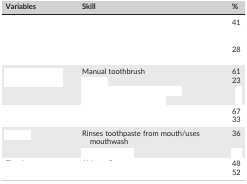
<table><thead><tr><td><b>Variables</b></td><td><b>Skill</b></td><td><b>%</b></td></tr></thead><tbody><tr><td rowspan="4">[EMPTY_CELL]</td><td>[EMPTY_CELL]</td><td>41</td></tr><tr><td>[EMPTY_CELL]</td><td>[EMPTY_CELL]</td></tr><tr><td>[EMPTY_CELL]</td><td>28</td></tr><tr><td>[EMPTY_CELL]</td><td>[EMPTY_CELL]</td></tr><tr><td rowspan="4">[EMPTY_CELL]</td><td>Manual toothbrush</td><td>61</td></tr><tr><td>[EMPTY_CELL]</td><td>23</td></tr><tr><td>[EMPTY_CELL]</td><td>[EMPTY_CELL]</td></tr><tr><td>[EMPTY_CELL]</td><td>[EMPTY_CELL]</td></tr><tr><td rowspan="2">[EMPTY_CELL]</td><td>[EMPTY_CELL]</td><td>67</td></tr><tr><td>[EMPTY_CELL]</td><td>33</td></tr><tr><td rowspan="2">[EMPTY_CELL]</td><td>Rinses toothpaste from mouth/uses mouthwash</td><td>36</td></tr><tr><td>[EMPTY_CELL]</td><td>[EMPTY_CELL]</td></tr><tr><td rowspan="2">[EMPTY_CELL]</td><td>[EMPTY_CELL]</td><td>48</td></tr><tr><td>[EMPTY_CELL]</td><td>52</td></tr></tbody></table>